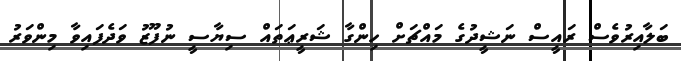
ބަލާއިރުވެސް ރައީސް ނަޝީދުގެ މައްޗަށް ހިންގާ ޝަރީޢަތައް ސިޔާސީ ނުފޫޒު ވަދެފައިވާ މިންވަރު